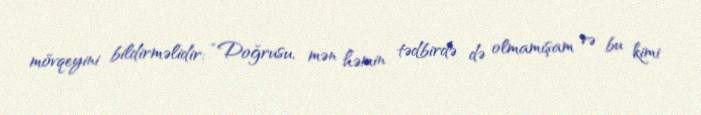
mövqeyini bildirməlidir: “Doğrusu, mən həmin tədbirdə də olmamışam və bu kimi